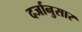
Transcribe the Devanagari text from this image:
दर्जानुसार